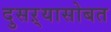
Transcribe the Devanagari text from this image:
दुसऱ्यासोबत